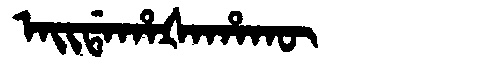
Manchu: ᠠᡳᡩᠠᡥᠠᡧᠠᡥᠠᡴᡡ
Romanization: AIDAHAŠAHAKŪ